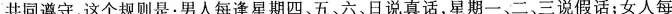
共同遵守，这个规则是：男人每逢星期四、五、六、日说真话，星期一、二、三说假话；女人每